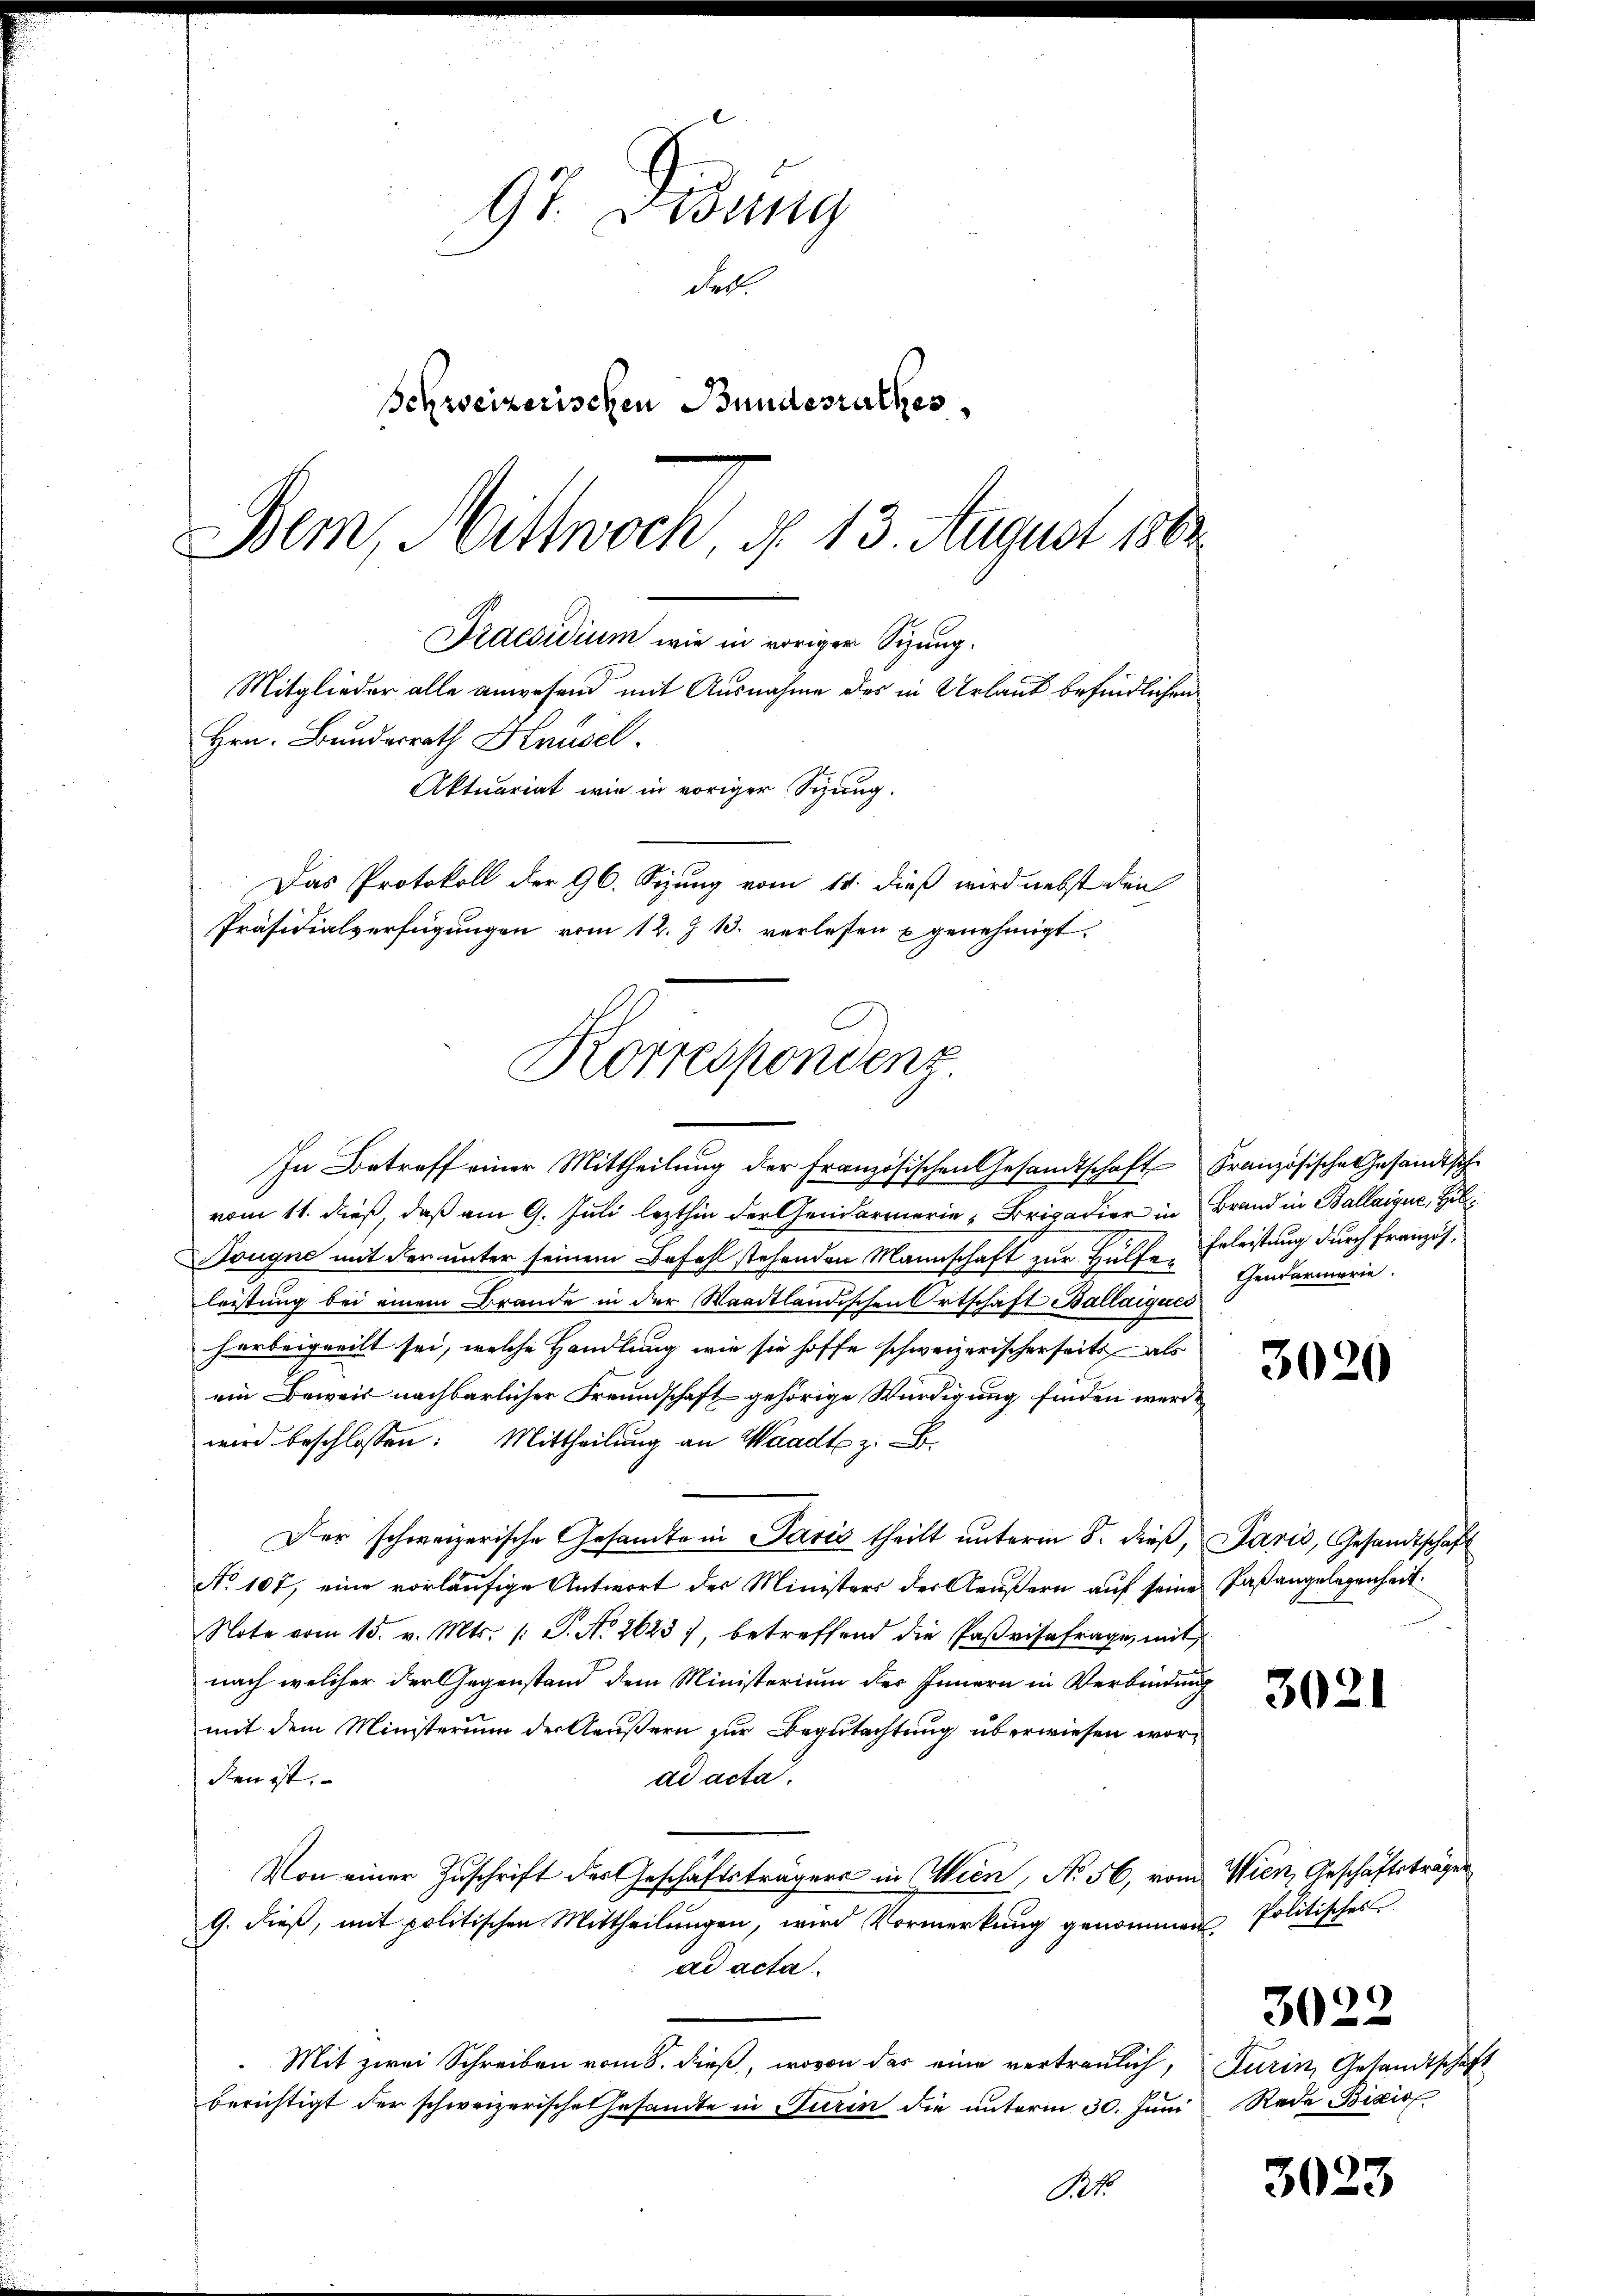
92. Diedung
Fel.
Schweizerischen Bundesrathes
Bem, Mittwoch, § 13. August 1882

Praesidium wie in voriger Sizung.
Mitglieder alle anwesend mit Ausnahme des in Urlaub befindlichen
Hrn. Bundesrath Hausel.
Aktuariat wie in voriger Sitzung.
Das Protokoll der 96. Sizung vom 11. dieß wird nebst den
Präsidialverfügungen vom 12. J 13. verlesen u genehmigt.
Korrespondenz.

In Betreff einer Mittheilung der Französischen Gesandtschaft Französische Gesandtsche
vom 11. dieß, daß am 9. Juli lezthin der Gendarmerie-Brigadier in Brand in Ballaigue, Hil
Bougne mit der unter seinem Befehl stehenden Mannschaft zur Hülfe Erleistung durch französleistung bei einem Brande in der Waadtländischen Ortschaft Ballaigues
herbeigeeilt sei, welche Handlung wie sie hoffe schweizerischerseits als
ein Beweis nachbarlicher Freundschaft gehörige Würdigung finden werde,
wird beschlossen: Mittheilung an Waadt z. B.
Der schweizerische Gesandte in Paris theilt unterm 8. dieß, Paris, Gesandtschaft
No 107, eine vorläufige Antwort der Ministers der Aeußern auf seine Paßangelegenheit.
Note vom 15. v. Mts. (: P. Nr. 2623), betreffend die Parisafrage, mit
nach welcher der Gegenstand dem Ministerium des Innern in Verbindung
mit dem Ministerium der Aeußern zur Begutachtung überwiesen worden ist.
ad acta.
Von einer Zuschrift der Geschäftsträgers in Wien, No 56, vom Wien Geschäftsträger
G. dieß, mit politischen Mittheilungen, wird Vormerkung genommen Politisches
ad acta.
Mit zwei Schreiben vom 8. dieß, wovon das eine vertraulich, Turin, Gesandtschaft
berichtigt der schweizerische Gesandte in Turin die unterm 30. Juni Rede Bicio
No 1

Gendarmerie.

3020

3021

3022

3023